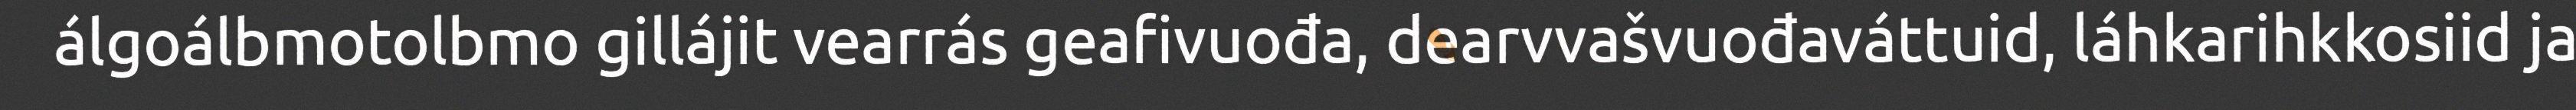
álgoálbmotolbmo gillájit vearrás geafivuođa, dearvvašvuođaváttuid, láhkarihkkosiid ja